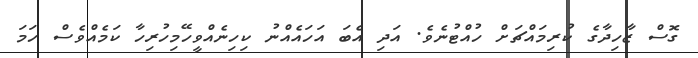
ގޮސް ޒާހިދާގެ ކުރިމައްޗަށް ހުއްޓުނެވެ. އަދި އެބަ އަހައެއްނު ކިހިނެއްވީހޭމިހުރިހާ ކަމެއްވެސް ހަމަ